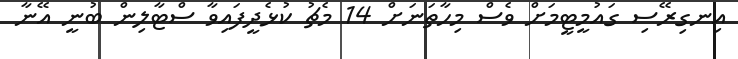
އިނގިރޭސި ގައުމީޓީމަށް ވެސް މިހާތަނަށް 14 މެޗު ކުޅެދީފައިވާ ސްޓާލިން ބުނީ އޭނާ